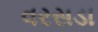
વરસડા